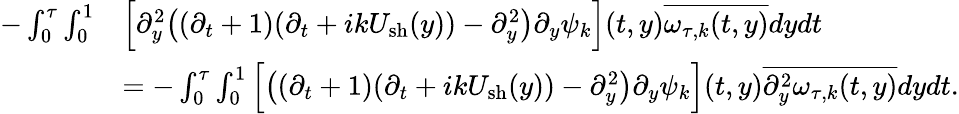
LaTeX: \begin{array}{rl}{-\int_{0}^{\tau}\int_{0}^{1}}&{\Big[\partial_{y}^{2}\big((\partial_{t}+1)(\partial_{t}+ikU_{\mathrm{sh}}(y))-\partial_{y}^{2}\big)\partial_{y}\psi_{k}\Big](t,y)\overline{{\omega_{\tau,k}(t,y)}}dydt}\\ &{=-\int_{0}^{\tau}\int_{0}^{1}\Big[\big((\partial_{t}+1)(\partial_{t}+ikU_{\mathrm{sh}}(y))-\partial_{y}^{2}\big)\partial_{y}\psi_{k}\Big](t,y)\overline{{\partial_{y}^{2}\omega_{\tau,k}(t,y)}}dydt.}\end{array}